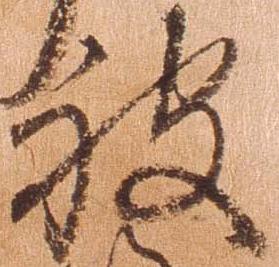
被